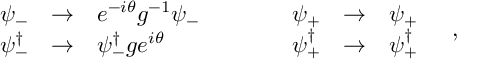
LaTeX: \begin{array} { r c l c r c l } { { \psi _ { - } } } & { { \rightarrow } } & { { e ^ { - i \theta } g ^ { - 1 } \psi _ { - } } } & { { \quad \quad } } & { { \psi _ { + } } } & { { \rightarrow } } & { { \psi _ { + } \nonumber } } \\ { { \psi _ { - } ^ { \dagger } } } & { { \rightarrow } } & { { \psi _ { - } ^ { \dagger } g e ^ { i \theta } } } & { { \quad \quad } } & { { \psi _ { + } ^ { \dagger } } } & { { \rightarrow } } & { { \psi _ { + } ^ { \dagger } } } \end{array} \quad ,